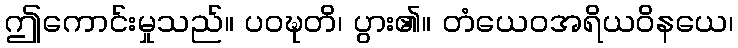
ဤကောင်းမှုသည်။ ပဝဍ္ဎတိ၊ ပွား၏။ တံယေဝအရိယဝိနယေ၊